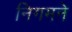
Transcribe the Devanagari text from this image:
निगमने